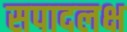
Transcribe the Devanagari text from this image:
सपादलक्ष